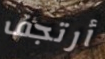
أرتجف